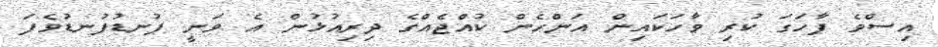
އިސްވެ ފާހަގަ ކުރި ވާހަކައިން އަންހެން ކުއްޖެއްގެ ދިރިއުޅުން އެ ވަނީ ފުނޑުފުނޑުވެފަ